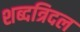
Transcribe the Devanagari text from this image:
शब्दत्रिदल